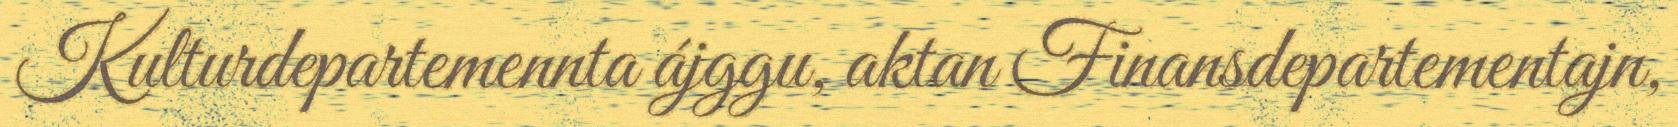
Kulturdepartemennta ájggu, aktan Finansdepartementajn,